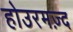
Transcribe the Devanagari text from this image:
होउरमज़्द